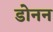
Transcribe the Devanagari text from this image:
डोनन